Lunatic asylums Madras 1892-1911 - 1892-1911
Year: 1892
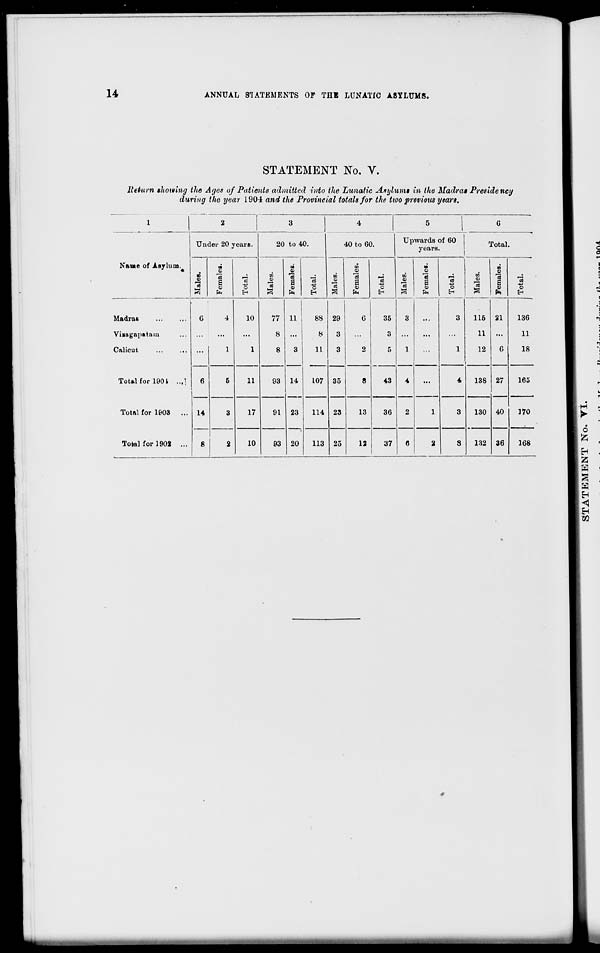
14
ANNUAL STATEMENTS OF THE LUNATIC ASYLUMS.
STATEMENT No. V.
Return showing the Ages of Patients admitted into the Lunatic Asylums in the Madras Presidency
during the year 1904 and the Provincial totals for the two previous years.
1
2
3
4
5
6
Under 20 years.
20 to 40.
40 to 60.
Upwards of 60
years.
Total.
Name of Asylum.
s
3
N
a
fa
"o
H
n
13
3
a
ft
"3
c
H
W
9
Is
to
13
a
fa
"3
"o
3
M
0)
13
a
fa
CO
43
O
EH
n
te
5
a
0)
fa
"a
E-<
Madras
Viaagapatam
Calicut
6
6
14
8
4
1
10
1
77
8
8
11
3
14
23
20
88
8
11
■
L07
29
3
3
35
G
2
35
3
5
3
1
...
3
1
115
11
12
21
6
27
40
36
136
11
18
Total for 1901. ..,]
5
11
93
8
43
4
2
...
4
138
165
Total for 1903
...
3
17
91
114 23
13
36
1
3
130
170
Total for 1902 ...
2
10
93
113 25
12
37
0
2
8
132
168